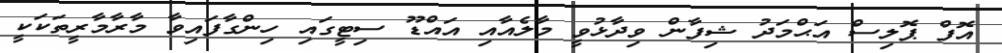
އޮފް ޕޮލިސް އަޙްމަދު ޝިފާން ވިދާޅުވީ މާލެއާއި އައްޑޫ ސިޓީގައި ހިންގާފައިވާ މާރާމާރީތަކަކީ